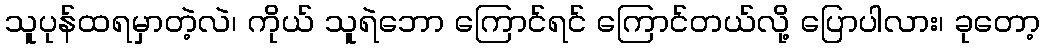
သူပုန်ထရမှာတဲ့လဲ၊ ကိုယ် သူရဲဘော ကြောင်ရင် ကြောင်တယ်လို့ ပြောပါလား၊ ခုတော့